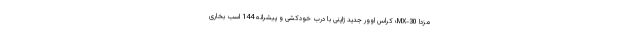
مزدا MX-30؛ کراس اوور جدید ژاپنی با درب خودکشی و پیشرانه 144 اسب بخاری